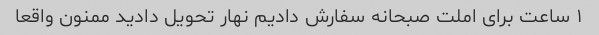
۱ ساعت برای املت صبحانه سفارش دادیم نهار تحویل دادید ممنون واقعا